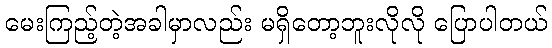
မေးကြည့်တဲ့အခါမှာလည်း မရှိတော့ဘူးလိုလို ပြောပါတယ်